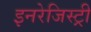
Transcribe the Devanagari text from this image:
इनरेजिस्ट्री